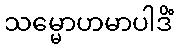
သမ္မောဟမာပါဒိံ